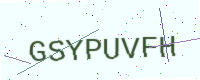
Text: GSYPUVFH